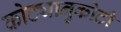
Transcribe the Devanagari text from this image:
कोट्यानुकोटी